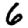
Digit: 6